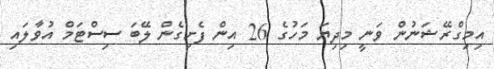
އިމިގްރޭޝަނުން ވަނީ މިދިޔަ މަހުގެ 26 އިން ފެށިގެން ލޭބަ ސިސްޓަމް އުވާލައި